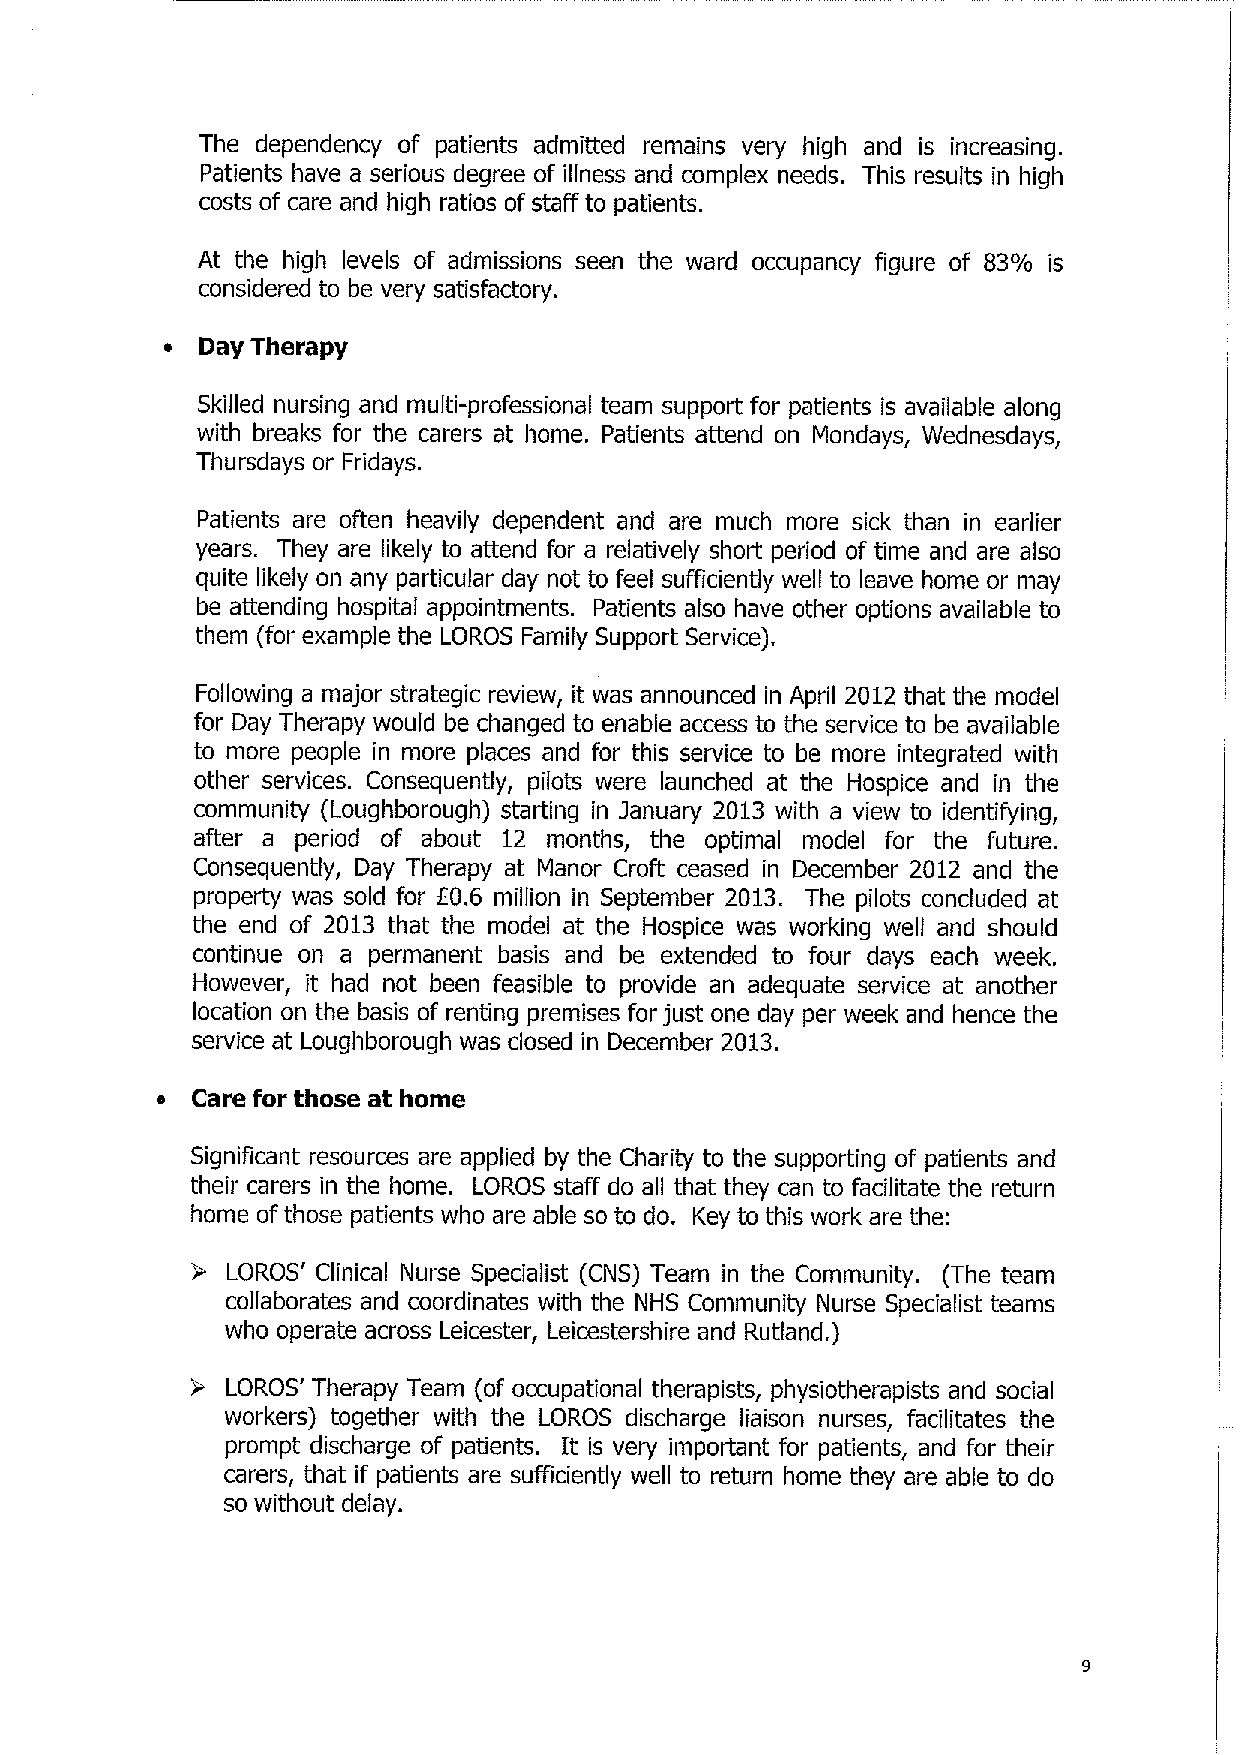
The dependency of patients admitted remains very high and is increasing.
 Patients have a serious degree of illness and complex needs. This results in high
 costs of care and high ratios of staff to patients.
 At the high levels of admissions seen the ward occupancy figure of 83% is
 considered to be very satisfactory.
 • Day Therapy
 Skilled nursing and multi-professional team support for patients is available along
 with breaks for the carers at home. Patients attend on Mondays, Wednesdays,
 Thursdays or Fridays.
 Patients are often heavily dependent and are much more sick than in earlier
 years. They are likely to attend for a relatively short period of time and are also
 quite likely on any particular day not to feel sufficiently well to leave home or may
 be attending hospital appointments. Patients also have other options available to
 them (for example the LORDS Family Support Service).
 Following a major strategic review, it was announced in April 2012 that the model
 for Day Therapy would be changed to enable access to the service to be available
 to more people in more places and for this service to be more integrated with
 other services. Consequently, pilots were launched at the Hospice and in the
 community (Loughborough) starting in January 2013 with a view to identifying,
 after a period of about 12 months, the optimal model for the future.
 Consequently, Day Therapy at Manor Croft ceased in December 2012 and the
 property was sold for E0.6 million in September 2013. The pilots concluded at
 the end of 2013 that the model at the Hospice was working well and should
 continue on a permanent basis and be extended to four days each week.
 However, it had not been feasible to provide an adequate service at another
 location on the basis of renting premises for just one day per week and hence the
 service at Loughborough was closed in December 2013.
 •  Care for those at home
 Significant resources are applied by the Charity to the supporting of patients and
 their carers in the home. LORDS staff do all that they can to facilitate the return
 home of those patients who are able so to do. Key to this work are the:
 • LOROS' Clinical Nurse Specialist (CNS) Team in the Community. (The team
 collaborates and coordinates with the NHS Community Nurse Specialist teams
 who operate across Leicester, Leicestershire and Rutland.)
 • LOROS' Therapy Team (of occupational therapists, physiotherapists and social
 workers) together with the LOROS discharge liaison nurses, facilitates the
 prompt discharge of patients. It is very important for patients, and for their
 carers, that if patients are sufficiently well to return home they are able to do
 so without delay.
 9